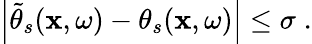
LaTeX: \left|\widetilde{\theta}_{s}(\mathbf{x},\omega)-\theta_{s}(\mathbf{x},\omega)\right|\leq\sigma\; .